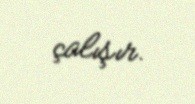
çalışır.